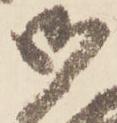
御